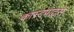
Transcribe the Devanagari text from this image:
कास्टपार्ट्स